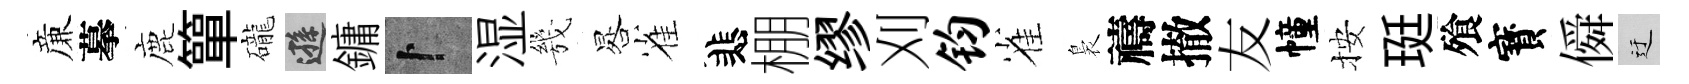
亷摹鹿簞礲遜鏞卜湿㡬晷雀悲棚缪刈钧雀裊禱撤友幢按珽飱寳僢迂